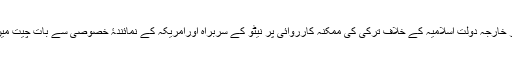
ترکی کے وزیر خارجہ دولت اسلامیہ کے خلاف ترکی کی ممکنہ کارروائی پر نیٹو کے سربراہ اورامریکہ کے نمائندۂ خصوصی سے بات چیت میں مصروف ہیں۔